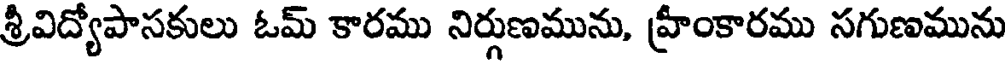
శ్రీవిద్యోపాసకులు ఓమ్ కారము నిర్గుణమును, హ్రీంకారము సగుణమును